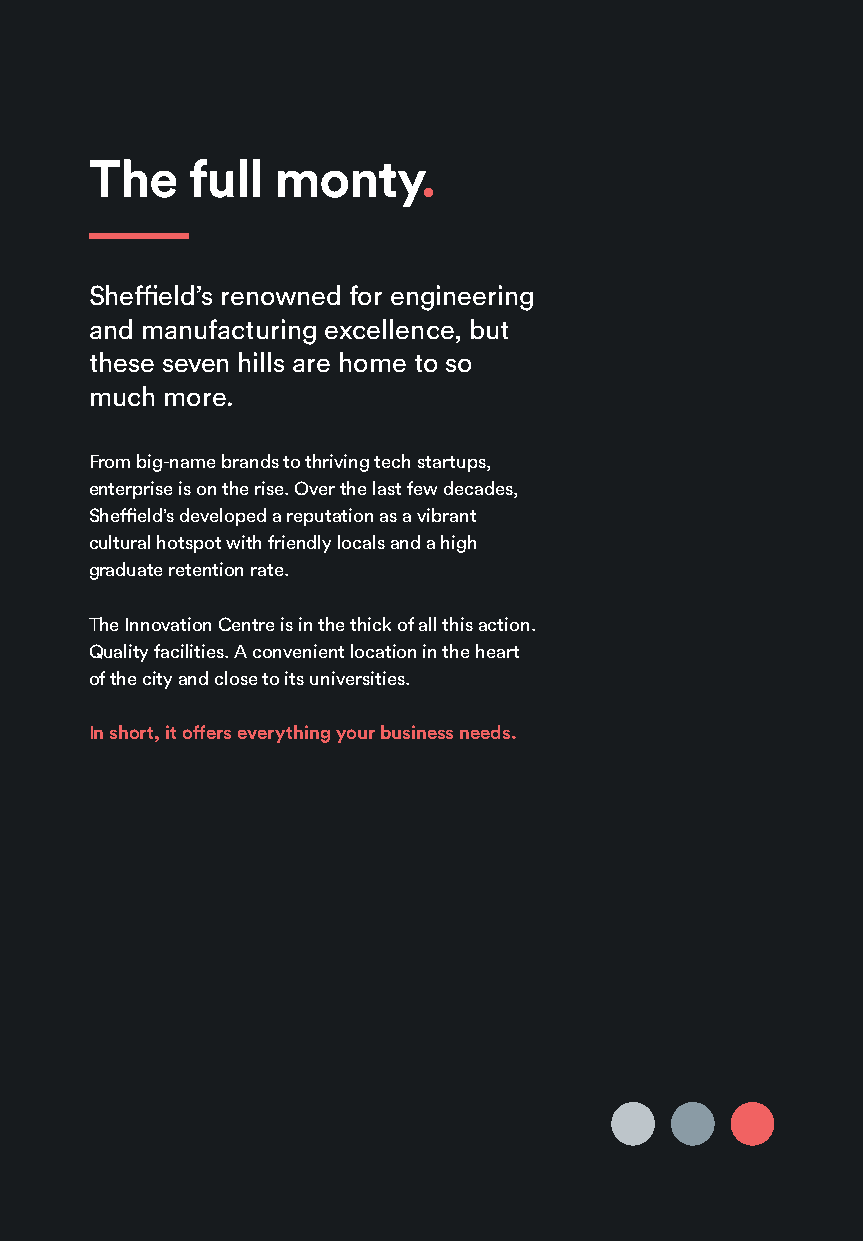
The    full monty.
 Sheffield’s renowned for engineering
 and manufacturing excellence, but
 these seven hills are home to so
 much more.
 From big-name brands to thriving tech startups,
 enterprise is on the rise. Over the last few decades,
 Sheffield’s developed a reputation as a vibrant
 cultural hotspot with friendly locals and a high
 graduate retention rate.
 The Innovation Centre is in the thick of all this action.
 Quality facilities. A convenient location in the heart
 of the city and close to its universities.
 In short, it offers everything your business needs.